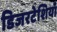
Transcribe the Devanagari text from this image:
डिजरटेशियाँ